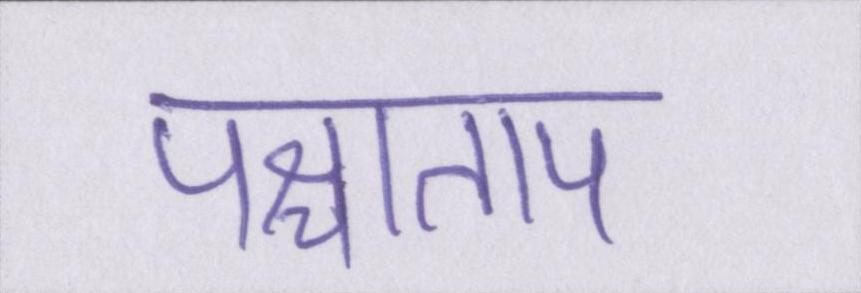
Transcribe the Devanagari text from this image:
पश्चाताप